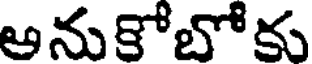
అనుకోబోకు